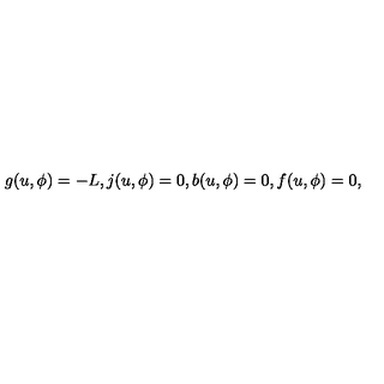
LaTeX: g ( u , \phi ) = - L , j ( u , \phi ) = 0 , b ( u , \phi ) = 0 , f ( u , \phi ) = 0 ,